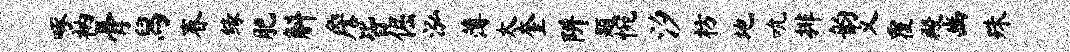
啄衲骨舄春缘肥斛詹皆倔泓薄太奎阱题惋汐枋地吮排韵义覆殿豳殊